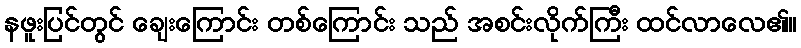
နဖူးပြင်တွင် ချေးကြောင်း တစ်ကြောင်း သည် အစင်းလိုက်ကြီး ထင်လာလေ၏။